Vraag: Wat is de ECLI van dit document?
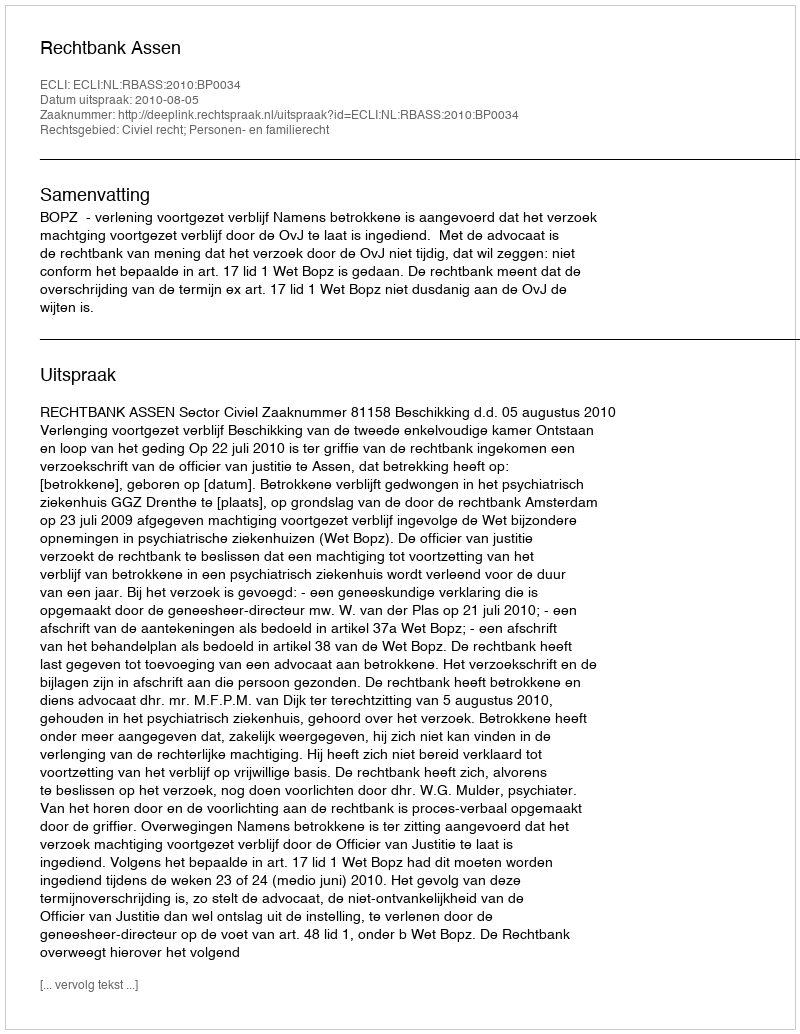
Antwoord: ECLI:NL:RBASS:2010:BP0034